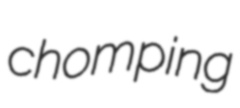
chomping